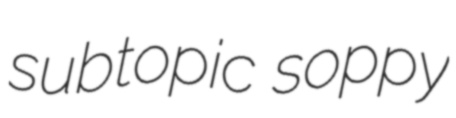
subtopic soppy